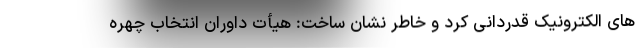
های الکترونیک قدردانی کرد و خاطر نشان ساخت: هیأت داوران انتخاب چهره